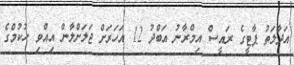
އަދާލަތު ޕާޓީގެ ރައީސް އިމްރާނު އަބްދު 12 އަހަރަށް ޖަލަށްލާން އިއްވި ހުކުމްގެ